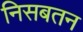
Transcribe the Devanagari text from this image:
निसबतन